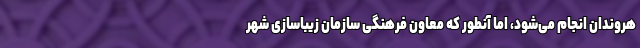
هروندان انجام می‌شود، اما آنطور که معاون فرهنگی سازمان زیباسازی شهر